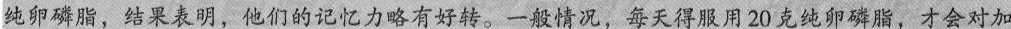
纯卵磷脂，结果表明，他们的记忆力略有好转。一般情况，每天得服用20克纯卵磷脂，才会对加